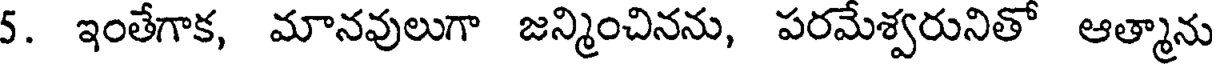
5. ఇంతేగాక, మానవులుగా జన్మించినను, పరమేశ్వరునితో ఆత్మాను